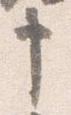
申